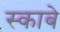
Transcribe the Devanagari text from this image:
स्काबे